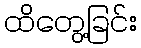
ထိတွေ့ခြင်း